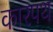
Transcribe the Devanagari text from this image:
कारपथ